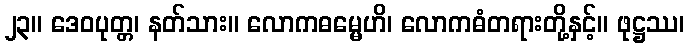
၂၃။ ဒေဝပုတ္တ၊ နတ်သား။ လောကဓမ္မေဟိ၊ လောကဓံတရားတို့နှင့်။ ဖုဋ္ဌဿ၊